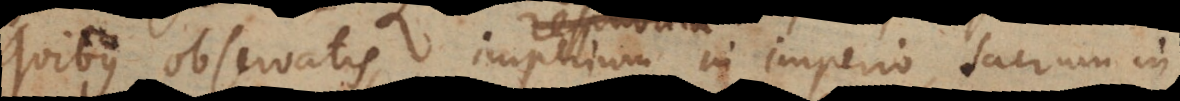
Quibus observatis, imperium in imperio, sacrum in